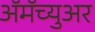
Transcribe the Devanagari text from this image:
ॲमॅच्युअर